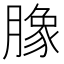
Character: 𭩈